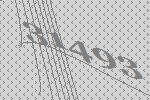
31493